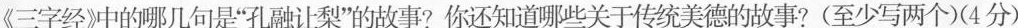
《三字经》冲的哪几句是”孔融让梨”的故事?你还知道哪些关于传统美德的故事?(至少写两个)(4分)